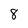
Character: 8